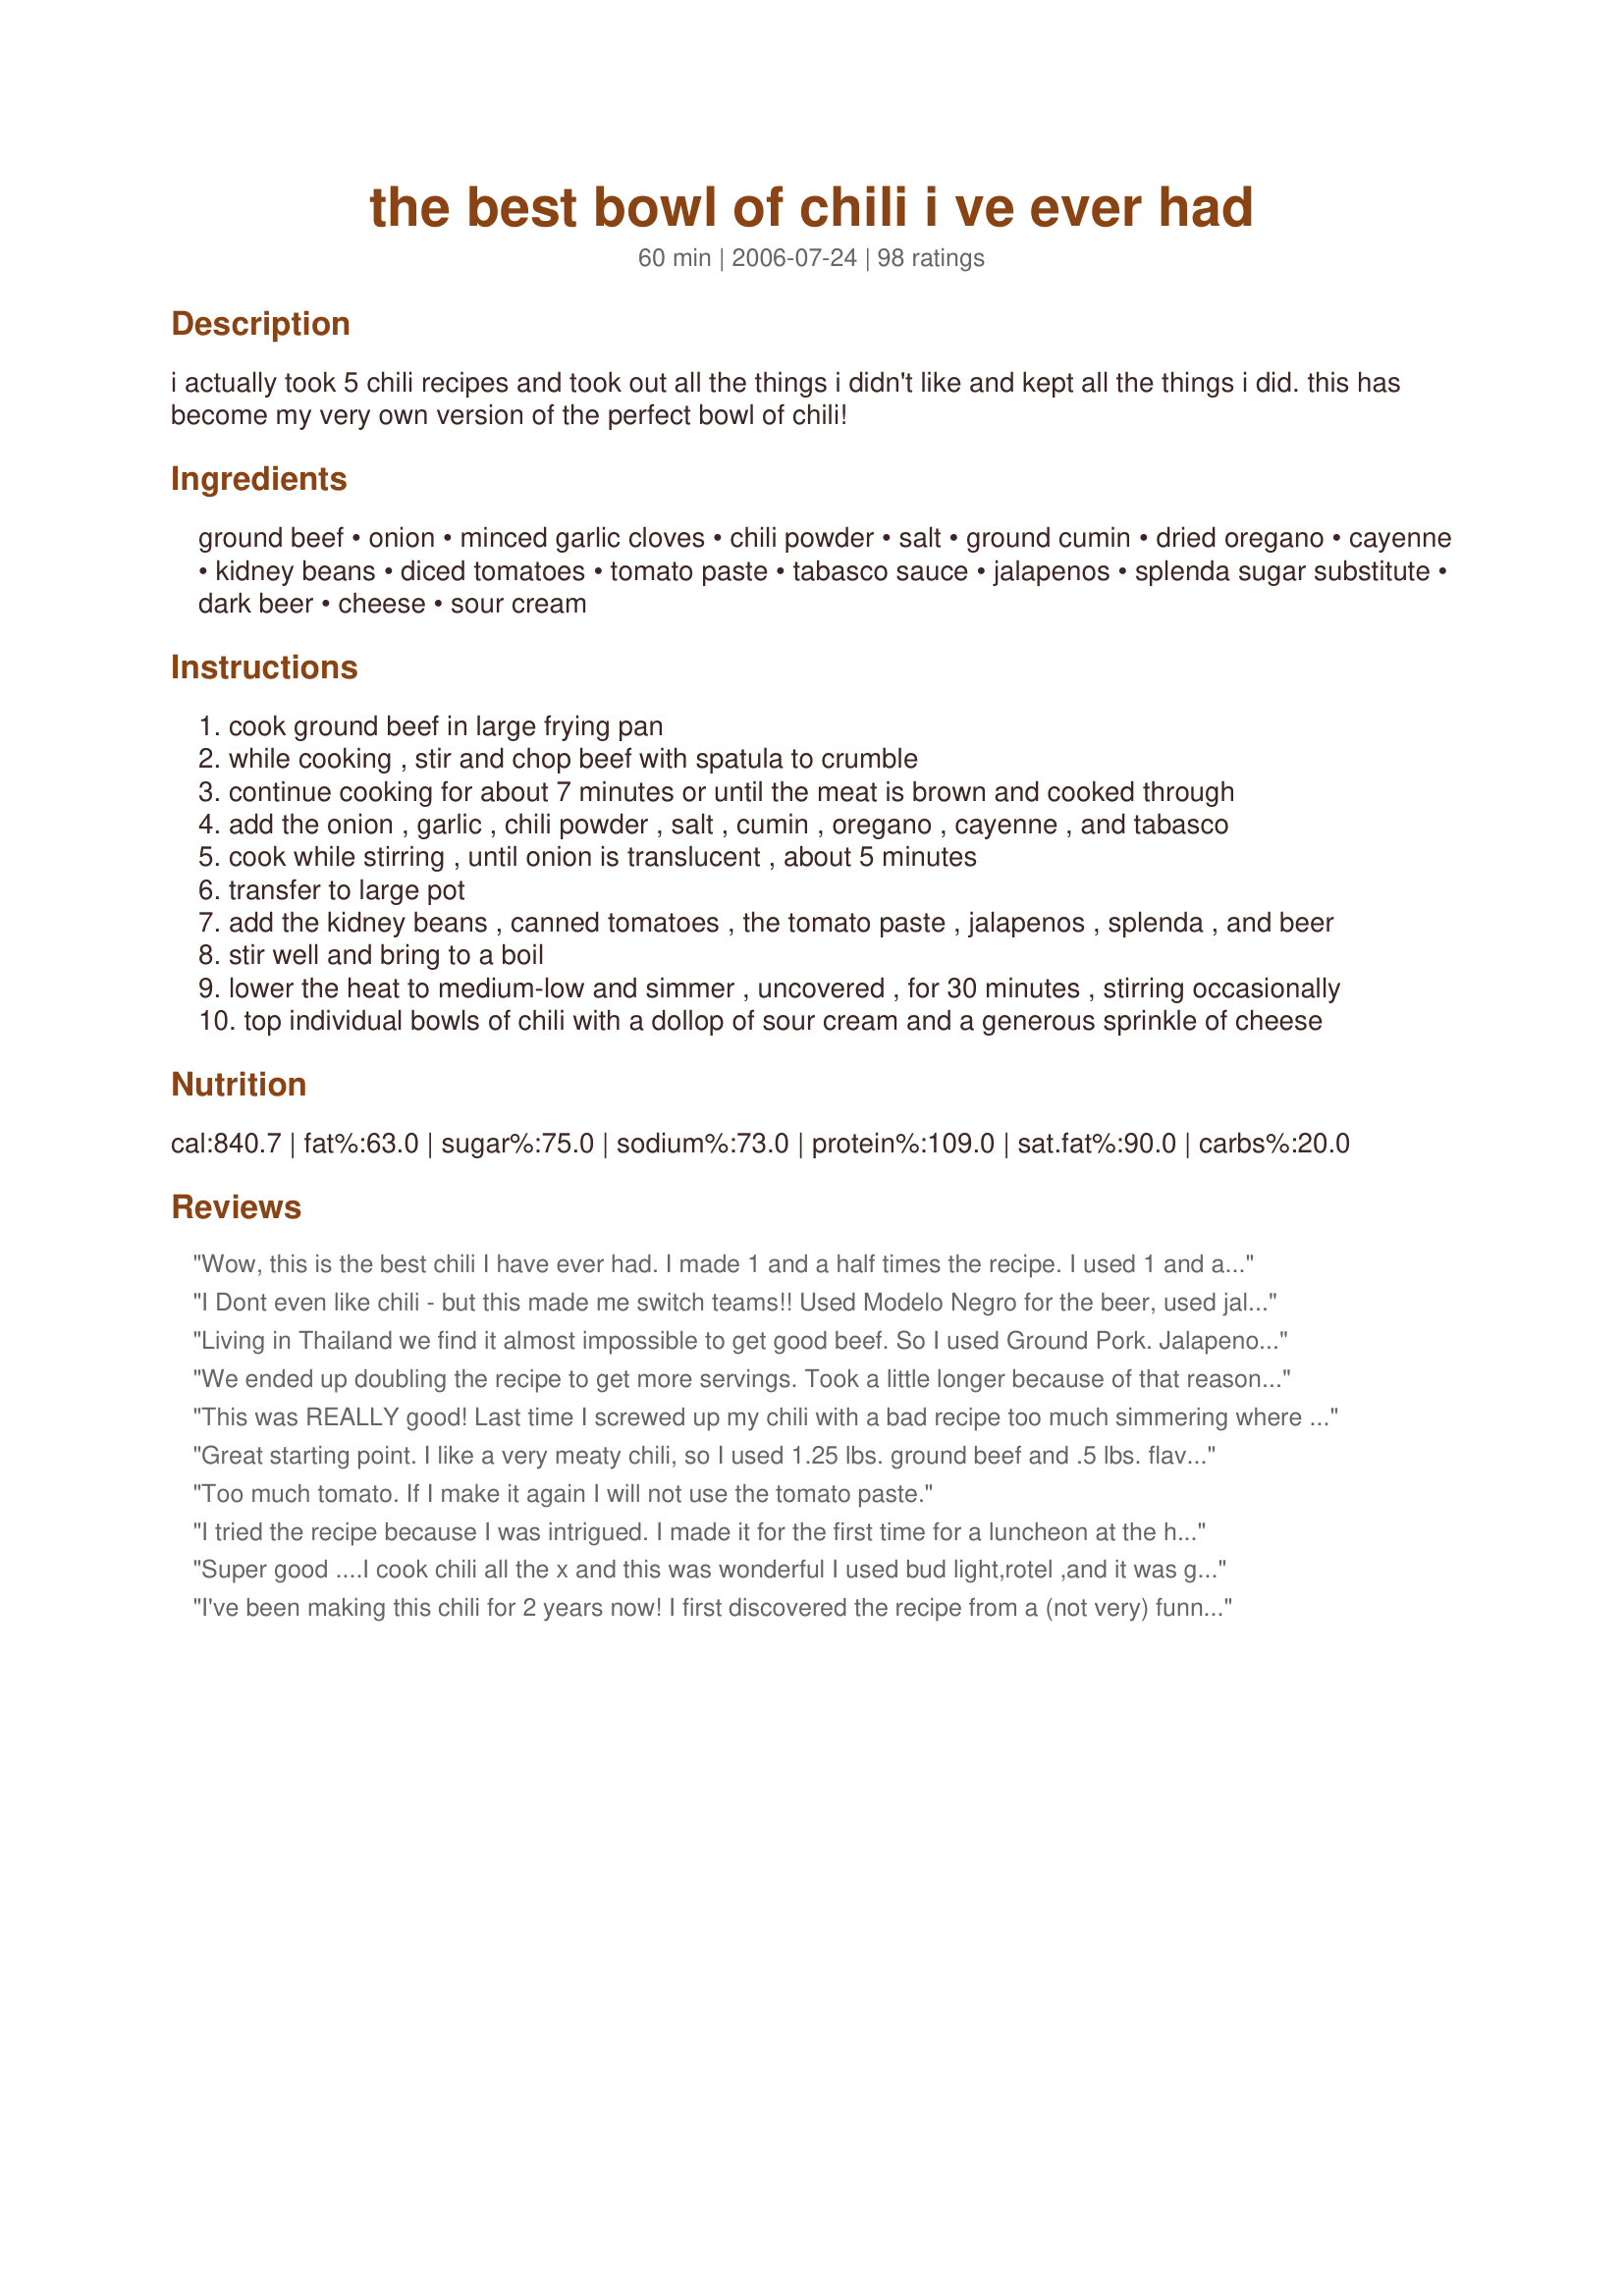
the best bowl of chili i ve ever had
Preparation time: 60 minutes

i actually took 5 chili recipes and took out all the things i didn't like and kept all the things i did. this has become my very own version of the perfect bowl of chili!

Ingredients:
ground beef, onion, minced garlic cloves, chili powder, salt, ground cumin, dried oregano, cayenne, kidney beans, diced tomatoes, tomato paste, tabasco sauce, jalapenos, splenda sugar substitute, dark beer, cheese, sour cream

Steps:
cook ground beef in large frying pan
while cooking , stir and chop beef with spatula to crumble
continue cooking for about 7 minutes or until the meat is brown and cooked through
add the onion , garlic , chili powder , salt , cumin , oregano , cayenne , and tabasco
cook while stirring , until onion is translucent , about 5 minutes
transfer to large pot
add the kidney beans , canned tomatoes , the tomato paste , jalapenos , splenda , and beer
stir well and bring to a boil
lower the heat to medium-low and simmer , uncovered , for 30 minutes , stirring occasionally
top individual bowls of chili with a dollop of sour cream and a generous sprinkle of cheese

Reviews:
Wow, this is the best chili I have ever had. I made 1 and a half times the recipe. I used 1 and a half pound of ground beef and a pound of hot sausage; I cooked it all in the pot, emptying the grease after the meat had cooked; one fresh jalape&ntilde;o and two cans of chipotle peppers with adobe sauce; also, a lot more of the spice mixture and tabasco, though I didn't measure; used Guinness and regular white sugar; simmered for two hours, covered; used greek yogurt rather than sour cream. Thank you!!!
I Dont even like chili - but this made me switch teams!! Used Modelo Negro for the beer, used jalape&ntilde;o juice from the slices in a jar, stewed tomatoes with green pepper and onion added, great recipe!! Oh and added some liquid smoke. ??
Living in Thailand we find it almost impossible to get good beef. So I used Ground Pork. Jalapenos are scarce too. But apart from that and using Lao Dark beer I followed the recipe. It turned out great, if a little hot as Thai chilli powder is nuclear. I will cook this again without doubt. Many thanks Steve
We ended up doubling the recipe to get more servings. Took a little longer because of that reason but the finished product was awesome! I'm a big fan of spicy chili but this on the milder side for me. I recommend adding a little extra jalape&ntilde;o or cayenne pepper for those who want more of a kick. Someone complained about it being too spicy on here before, must have been someone who can't even handle mild wings.... HIGHLY recommend giving this one a try!
This was REALLY good! Last time I screwed up my chili with a bad recipe too much simmering where the ground beef broke down too much and had sort of a Cincinnati chili flavor which is completely different then chilli the rest of the country is familiar with. So I was a bit wary about trying this, &amp; I have to say it turned out amazing! All the flavors really came together and it was just the right amount of heat, and just the way I like it not too mild not too spicy. I added some green bell pepper and some celery to the mix which I&#039;m assuming that&#039;s two things that this person doesn&#039;t like. Other than that I did everything the way the recipe called except that I use a light beer cuz I bought the wrong thing but it turned out amazing and I highly recommend this recipe! I&#039;m about to heat up leftovers from the day before and I shall see if it tastes any better on day two.
Great starting point. I like a very meaty chili, so I used 1.25 lbs. ground beef and .5 lbs. flavorful sausage, like bratwurst. I used 6 cloves of garlic, 3 Tbs. chili powder, 3 tsp. Cumin, and 1 tsp. Salt. Everything else was the same, but this just pumps up the flavor. I also did not transfer from a pan into a larger pot, as I wanted to keep all of the flavor from cooking the meat and spices. It really turns out great!
Too much tomato. If I make it again I will not use the tomato paste.
I tried the recipe because I was intrigued. I made it for the first time for a luncheon at the high school, and it was a HIT with the teachers and staff. Tonight, I made it again and actually ate it. Excellent flavor! I tried it because the author stated that they took the things they liked best about other chili recipes. The only thing I did differently was rinse the kidney beans!
Super good ....I cook chili all the x and this was wonderful I used bud light,rotel ,and it was great
I've been making this chili for 2 years now! I first discovered the recipe from a (not very) funny google search of 'Best chili ever in the whole world'. It's so easy to make but the results are phenomenal! I find it best with a good hour and a half to two hours cooking time! Thank you for making something great.
I made some modifications to this are instead of using tobasco and sugar, I picked up Lingham&#039;s Hot Sauce. It&#039;s a sweet and savory hot sauce. I used maybe 4 tbsp.
And instead of using beer, I used a shot of Crown Royal.

This chilli is perfect.
This recipe is great . I used chopped beef I had left over, I was saving to make chilli. I used one can of diced tomatoes with green chillis. Thats all I had. I followed the rest of the recipe. I also used Kaliber Guinness. This chilli has just enough heat. Very Good Chilli. I&#039;ve added this to my folder.
Easy recipe with all ingredients in the pantry!! Used a Guinness but followed the recipe as written. Thanks for sharing this delicious chili!!
This was definitely some great chili! I made some cheesy jalepeno cornbread to go with it. YUMMY!!! I did made a few tweaks. I used a red onion (but I think I will try a sweet onion next time), added cinnamon and two more minced garlic cloves. I substituted wildflower honey for sugar, Cholula hot sauce for Tobasco, and used a Black and Tan for the beer.
I was compelled to leave a review because this chili is THAT GOOD. I'm not a fan of super spicy food, but like good flavor and a subtle kick. This chili is spot on for all of that. I did alter the recipe slightly. I had to double the recipe (for a chili cookoff). With that, I used 1lb spicy Italian sausage (de-cased) along with 2lb 85% lean ground beef. One onion instead of two, and no jalapenos. The thing that I believe put this chili over the top was one bottle of a very strong (12 ABV) chocolate bourbon barrel-aged stout. It turned out fantastic, and I am looking forward to showing it off at the cookoff.
Made it exactly how it was meant to be and it was awesome, this is going to be my go to Chilli from now on. I like to make it the way it is stated first and then, next time I may add more hot stuff!
This chili was very yummy, even without the beer!
This recipe was delicious! I did add worchestire sauce and light beer instead of dark beer. I will definitely make this recipe again.
So much better than a &#039;bowl of Texas Red&#039;. I added a small can of sweet corn, drained, to the mix.
This is a fantastic chili! The only changes I made are to omit the jalape&ntilde;os (only because I didn&#039;t have it in my cupboard) and instead of 1 cup of beer I used 2 full bottles. RAVE REVIEWS!!
This was GREAT chili!! I didn't have any kidney beans so I used a can of pinto beans and a can of cannellini beans. I added a bit of beef stock after cooking a bit, because we like our chili a little saucy :) Used green Tabasco to keep it mild for the kids and left out the jalapeno. An easy 5 stars!
So Good!!! I made it for a Chili cook off at work today and won!! Everyone loved the distinct extra flavor the NewCastle beer gave it!! I tripled the recipe so my only tweaks were a little more chili powder and cumin than what triple would of been. Everyone loved it!!
WOW this is absolutely delicious! Great flavor and just the right amount of heat. I made as written with the exception of not adding chopped jalapenos and I didn't see where the taste was compromised. I did simmer covered for about 2 hours stirring occasionally, then simmered uncovered for another 2 hours stirring occasionally, until it had thickened up some. This will be added to my favorite chili recipe folder. Thanks for posting such an awesome chili recipe. Made for Fall 2011 PAC.
This is the best chili ever!!!
Best chili recipe ever...I won our Chili Cookoff in our neighborhood where a professional chef was the judge! I used more than a cup of beer (Guiness stout). Cooked a couple of hours.....next time a few less beans...otherwise perfect heat and flavor!
Excellent! I wanted chili and needed something quicker than the recipe that I normally use. This was perfect, not to spicy but definately could be! Only thing I changed was added brown sugar and used bud light b/c that is all I had. Thanks for posting a great chili recipe!
Everyone seems to have a favorite chili recipe, but this is by far my very favorite. I have tried many &quot;best chili&quot; recopies but I think I have ended my search. You can always adjust to your liking, but it has the right amount of beans and was loved by my family and friends!
yum! i added 1 red bell pepper. fantastic. not super spicy to us. just the right amount of heat.
I made chili that was a lot more work and not better than this. I thought the ratio of mean/tomato/beans was perfect. I didn't add the tabasco or the cayenne, I think the jalape&ntilde;os and the liquid from them made it quite spicy without being over the top. I cooked it longer than suggested. Thanks for a great recipe
great,but my daughter and son in law ate most of it.i used red wine as liquid and the suger really came through,so quick to make.
I just made this and it is really, really good chili. The best I've ever makd. I used ground turkey instead of beef, and I only used about 1/3 of jalapeno because I wasn't brave enough to throw in the whole can. Still excellent. I will definitely be making this again.
Had to prepare a double batch due to having 3 lbs of fresh ground meat to do something with. Of course everybody does some tweeking. I prefer no beans and used jalape&ntilde;o wine instead of dark beer. Other than that I went as recipe instructions. I did hold off on the jalape&ntilde;o until tasting for heat by request, then added. Came out perfect for me but only had one that was in disagreement with that aspect. Will be using this recipe again, thx!
YUM! Very quick and sooo good! I had it in a bowl,on pasta and even topped a baked potato with it! I will be making it again soon. Thank you for posting the recipe.
This is a very good Chili recipe I didn't add the beer and doubled the recipe. I will use this as my new chili recipe. Also, made a jalepeno cheese corn bread. YUM.
Awesome chili! I made only a few changes. First, I browned the ground beef in the cooking pot and drained a little of the fat out, leaving about a tablespoon or so, then added the spices, garlic and onions to the beef already in the pot. Next, I drained and rinsed the beans because I didn't want to add the juice in the can. I added a little shy of two cups of beef broth to compensate. Then I used coffee instead of beer (I didn't have any beer). Awesome recipe, thank you.
This is the most delicious chili I’ve ever eaten. I’ve tried so many recipes and since I found this one I’ve never gone back. Only change I make is HOT jalape&ntilde;os and habanero sauce instead of Tabasco. Deliciously spicy.
This one is definitely a keeper!!! Did not add jalapenos, everything else was as listed in the recipe. Will make again, and again, and again!!!
Tried this chilli last night, easy to prep and my wife loves me again. A bottle of Zinfandel worked well with it.
I have never written a recipe review, but really wanted to for this one. I&#039;ve cooked A LOT of delicious chili over the years, but this truly is the best chili I&#039;ve ever had. I added some hot sausage to the ground beef for a little extra flavor and it was great. Thank you for sharing this recipe!
I swapped out the beef for some fresh wild duck breast from my hunt earlier today, and it was absolutely amazing. For the beer, I used Deschutes Black Butte Porter. I can't wait to make this again.
Excellent easy recipe. Liked this one alot.
This was awesome., I just got done making a batch. Put a little twist of spice on it. I love spice.&lt;br/&gt;Got my Mortar out and crushed up some chili arbol about 10 of them. Added 2 Tb of chili flakes, Tapatio, Chili Power, Valentina hot sauce and oh I was drinking a glass of wine cause I didn&#039;t have beer so I added some Beringer White Zinfandel to the mix. I have to say that was great. I could of really went to town with this. &lt;br/&gt;&lt;br/&gt;Many thanks Dee Licious
Awesome. I used a lb of beef and a lb of andouille sausage. I also substituted IPA for dark beer.
This Chili recipe is super easy, and super yummy. Only change I made was to use maple syrup instead of sugar. I prefer mine a bit more spicy so I just added more cayenne pepper and added chopped fresh Jalape&ntilde;o peppers on top of the chili with shredded Cabot Hunter's Extra Sharp Cheddar Cheese. Can't beat this dish to fill your belly and warm your tummy on snowy cold New England evening ?;-P
I have a question I am making this tonight and was getting the ingredients together so you think maybe adding a little bit of liquid smoke would taste good with it or be too much?
Made this for our camp chili cook-off today. I didn't care if I won... I just wanted people to like it. I WON!! Made it exactly as the recipe called for (used Taddy Porter stout beer.) The only thing I did differently was I simmered it 90 minutes longer, cooled it for 24 hours in the fridge and then re-warmed it in the crockpot today. Thanks so much for an amazing (winning) recipe I will make many times over.
You NAILED it! It was the perfect combination and amount of spices.
Omg... this was by far the best chilli I have ever made! I honestly always thought my other ones were good, but this recipe is absolutely to die for. I forgot to buy Tabasco so I just added a can of Rotel tomatoes for a little zing. Absolutely fab recipe.
I can’t cook, frankly. Yet, I have received numerous compliments on this chili. It always comes out great!
I doubled the recipe and did things a bit differently... added shallots, carrots and celery, and used sausage as well as ground beef and some pinto beans as well as the kidney ones. And Corona cuz that's what we had... very yummy! And I'm super picky. Used my slow cooker to put it all together. Highly recommended.
Absolutely love this recipe of course I had to make some tweaks I'm an ex cancer patient but stick to it close because it's fantastic!!!!
Went to the grocery store with your list. Used Guinness extra stout instead but otherwise followed exactly. Let simmer for about 5 hours after boil off. Best chili I've had yet. Even if I did make it lol
Actually, this goes to show why this recipe has such high ratings considering each review has to be submitted. This makes me think how many true negative reviews there actually has been -- which would have helped people like me to see them and not waste my time and money on this false content. I&#039;ll never use this website again and I will most definitely spread the word on my findings.
Best Chili I&#039;ve had in a very long time! A
Made this for two chili cook offs just this week. Let’s just say....winner, winner! Chili dinner!!
Omg made this today I just added less chili and less jalape&ntilde;o peppers my husband and I couldn't stop eating it !!!
I was not impressed. Plenty of high reviews, but I found the recipe to just be okay. I won't be making it again.
Ha! Congratulations. I used this technique of reducing chili recipes to only likeable ingredients years ago and have concocted the same recipe--seriously, nearly identical; other than my use of 12 to 16 ounces beer, usually Tecate or another Mexican brand, all other ingredients come within 1/4 tsp. I guess great minds really do think alike.
I made a few modifications (used stew meat instead of ground beef, substituted mixed beans instead of all kidney, subbed sweet bell pepper for sugar. I left out a bit of jalapenos) and this recipe is great! The kids like spice and it was a hit but adding the other 1/3 of jalapeno would have been too much.
I made it exactly as stated except I added 1 green pepper. It was absolutely delicious. Our new favorite chili. Just the right amount of spice. I will be making this again.
Epic! Make it! Half cayenne if don't like super spice.
My family said it was the best chili they'd ever had. They said I had to make it at LEAST once a month. Only thing I changed was no jalape&ntilde;os because my dad can't take the heat. And I used Sierra Nevada pale ale. He can't take any heat and he said this heat was perfect. THANKS FOR THE RECIPE!
This recipe should have carried a warning of WAY HOT!!! Even after lightening up on the jalapenos, chili powder and cayenne, this was still too hot for half of my dinner guests. Very disappointed. There are easier and tastier recipes that would be much more suitable for regular humans.
I was impressed with how this turned out. I usually dont add beer but thought I would try it out. I used 1.5 Newcastle 12oz. and double up on tabasco!!!!!
I made this yesterday and will never make another chili recipe again. It was absolutely wonderful.
I am not a beer drinker so wondering if I didn't put it in if it will change it a lot? And where can you get one dark beer lol. But it sounds great and after I hear an answer I will make it and let you know. Thanks for good chow. Sandy
I've made this several times and it's by far the best chili I've ever eaten (except for my white chicken chili, which has won contests--but that's a whole different flavor). I made it exactly as written except I used 2.5 lbs of ground beef and a dark Guiness stout...which was even better! We also throw fritos corn chips on top for crunch...my three boys gobble it up!
I like the texture but it was really bland...I had to add a bunch of stuff to fix it. I made it as written before tweaking.
Awesome chilli! I didn't have any dark beer but used a full bottle of Corona. We used diced tomatoes with green chillies since we had on hand. Very good indeed! Thank you.
Came in second place in a Chili Cook off last night! Didn't add a sugar substitute and no Jalapenos...still it was unbelievable. The extra 1 lb of meat didn't hurt. Gotta agree, the beer was the secret ingredient to bring it over the top!!!
Simply amazing! Full of flavor! Super easy!
I made this the night before I needed it. Let it cool. Next day I warned it up till it boiled again and turned it off. by the time we ate it 1hour later it was perfection. I added chopped raw onion on top of the shredded cheese &amp; sour cream whenever it was served. It was delicious.
Omg this chili is fantastic!!! I googled “best chili recipe” and this is what came up. I followed the recipe and it turned out perfectly. The only thing I tweaked is I used a tri-bean blend of kidney, black, and pinto beans. Has just the right amount of heat so it can be enjoyed by all. So far I have made 4 batches of this in the last couple of weeks because it is been such a big hit with my family! I have also used it to make chili nachos! YUM!!
I thought my chilli was the best...lol. I am at a friends, and didn't have my recipe with me, so I googled this one, and wow it is amazing. We are having this for dinner tonight. I did leave out the jalapenos, since I didn't have any, but still tastes good. Thumbs up for sure.
This is a great chili recipe. I made some changes as we all do (chili carries a host of individual tastes). You should make this chili as close to this recipe as seems correct for your flavor preferences. This has a nice blend of richness, tomato, heartiness (with the meat and beans), heat, and complexity.
really good, i doubled some spices as it wasnt as 'strong' as i like it. (garlic, cumin, chili) added a teaspoon of home made taco seasoning, paprika, and a little bit of liquid smoke.
The chili may have been good but I was wondering who in their right mind would add beer to this. I had my misgivings but since after reading so many rave reviews, I went against my better judgement. Long story short, the entire house smelt like a cheap drunks vomit on 5th avenue and tasted about the same . Never again!
My husband loved this recipe. I used coors lite beer.
Dang good chili! I subbed the meat and dairy with vegan options, and it was still good enough that my family of carnivores went back for seconds.
I made this recipe and it turned out great. Since I was making it for church and didn't want to spend too much money, I used 1 fresh jalapeno pepper instead of the canned. I also added one green bell pepper because I like it. I don't drink beer, or at all, so I substituted apple cider... just a splash. Then, I made it again for my vegan husband and it was still great. Obviously, I took out the ground beef for the vegan version. To substitute for some of the beef fat, I added some corn oil.
Very good in general, not quite salty or spicy enough for my taste - but that could have
been the beans or tomatoes I used did were unseasoned. I added another dose of each salt and
cayenne. Came out excellent.
Second time making it, its a definite favourite.
Stevia not Splenda. No chemicals. I actually grow it. Five stars although I used black beans and corn.
I DID IT AND EVERYONE LOVED IT. JUST ADDED BRATWURST SAUSAGE AND EXTRA BEANS. LOVE IT. THANK YOU FOR SHARING.
Sorry, but this is not as good as others I have tried on Food.com. Missing something, but just not sure what. Will not be making this again. Kelly&#039;s Chili is far more favorable and has more kick.
This really is the best chili recipe I've ever made. I left out the jalape&ntilde;os and added 1/2 cup of red wine. Absolutely awesome and everybody asked for the recipe. Loved it!!!
My husband and I both love this recipe! I have now used it twice. The only thing I changed was adding 1/2 pound of extra ground beef and 2 Jalape&ntilde;o Chicken sausages sliced up - this makes it quite hearty though so it was more of a personal preference and definitely not needed. This will be the only chili recipe I use now. Also, perfect amount of hot!
How do I print out the recipe to take to the store with me?
It's delicious.
This turned our well I only give it 3 stars because it is nirw
My work had its annual chili cook-off and I wanted to enter. I had never made chili before so I got online and found this recipe! Through it together last night and brought it into work today hoping it would go over well. Guess what!? I won 2nd place! Everyone told me my chili was so good! This is a great recipe and taste so good. Saving and will start making this more often!!
I've been making chili for over 50 years, always looking for a better recipe. This is it!! It's just right...just enough spice, tomatoes, and ground beef! Everyone that tastes it loves it, so it doesn't last too long! Truly great recipe...
You can! But your feet will get really hot.
I’ve never made chili before. This came out really really good. I used a fresh jalepno because I couldn’t find canned. I thought it needed a little hint of something however. Next time I might add that pinch of coco powder others mentioned.
A very tasty chili with just the right amount of heat. Great crockpot meal that was delicious with homemade cornbread. Made for best of 2011 Cookbook, thanks for a great recipe!
Fabulous!! Not a fan of kidney beans so we substituted chili pinto beans and skipped the jalapenos too. Excellent!!
I left out the jalapenos, and sugar substitute, put a hot sauce in lieu of tabasco (I was out) doubled the meat (cause it was there) and used a whole bottle of dark beer and this truly is the best chili I've ever made, by far and I haven't even put the chees and the sour cream on it yet. I can hardly wait. crypticman
Cooked it down for 2 hours and 15 min.. It came out very watery, it could be the cup of beer, but you also should suggest draining the bean and chopped tomato liquid from the cans, just a soupy chili.
